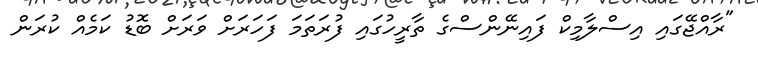
"ރާއްޖޭގައި އިސްލާމިކް ފައިނޭންސްގެ ތާރީހުގައި ފުރަތަމަ ފަހަރަށް ވަރަށް ބޮޑު ކަމެއް ކުރަން